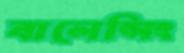
বালেন্সিং